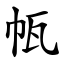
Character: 㼙